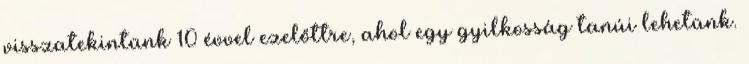
visszatekintünk 10 évvel ezelőttre, ahol egy gyilkosság tanúi lehetünk.